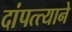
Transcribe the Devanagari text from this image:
दांपत्त्याने